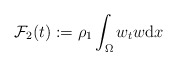
\begin{align*}\mathcal{F}_{2}(t) := \rho_{1} \int_{\Omega} w_{t} w \mathrm{d} x \end{align*}